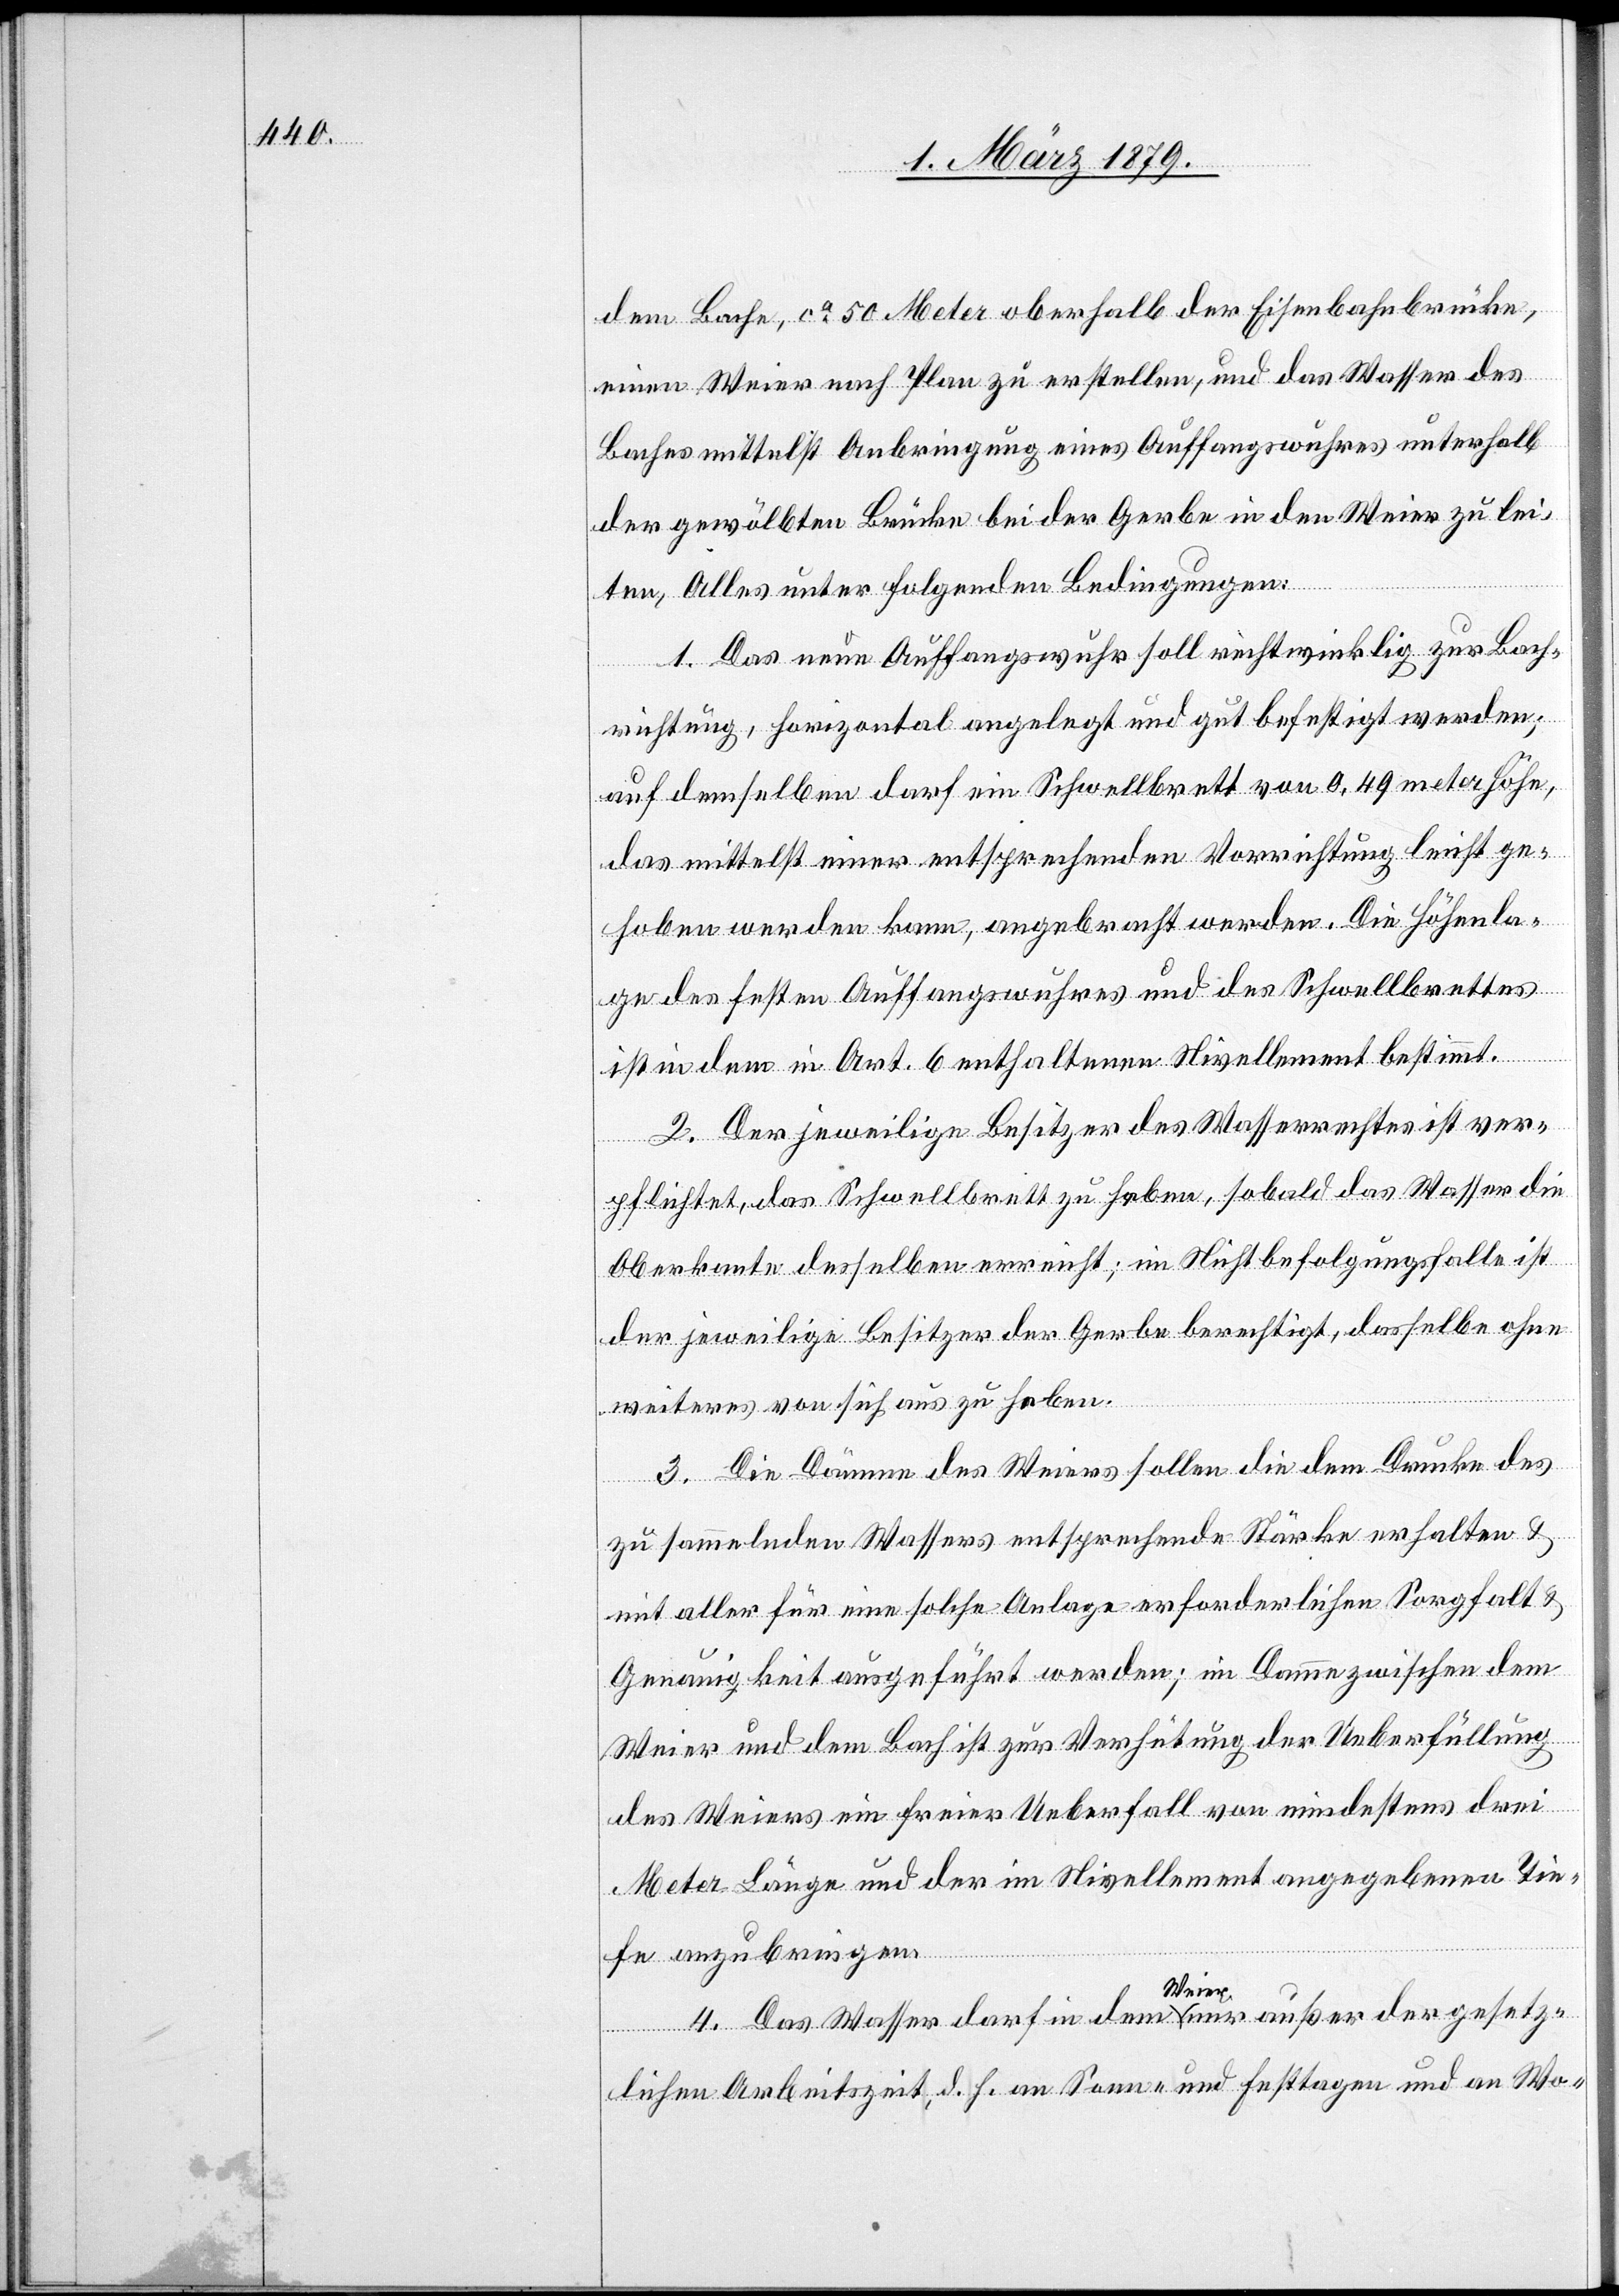
dem Bache, ca 50 Meter oberhalb der Eisenbahnbrücke,
einen Weier nach Plan zu erstellen, und das Wasser des
Baches mittelst Anbringung eines Auffangwuhres unterhalb
der gewölbten Brücke bei der Gerbe in den Weier zu lei¬
ten, Alles unter folgenden Bedingungen:
1. Das neue Auffangswuhr soll rechtwinklig zur Bach¬
richtung, horizontal angelegt und gut befestigt werden;
auf demselben darf ein Schwellbrett von 0,49 meter Höhe,
das mittelst einer entsprechenden Vorrichtung leicht ge¬
hoben werden kann, angebracht werden. Die Höhenla¬
ge des festen Auffangswuhres und des Schwellbrettes
ist in dem in Art. 6 enthaltenen Nivellement bestimmt.
2. Der jeweilige Besitzer des Wasserrechtes ist ver¬
pflichtet, das Schwellbrett zu heben, sobald das Wasser die
Oberkante desselben erreicht; im Nichtbefolgungsfalle ist
der jeweilige Besitzer der Gerbe berechtigt, dasselbe ohne
weiteres von sich aus zu heben.
3. Die Dämme des Weiers sollen die dem Drucke des
zu sammelnden Wassers entsprechende Stärke erhalten &
mit aller für eine solche Anlage erforderlichen Sorgfalt &
Genauigkeit ausgeführt werden; im Damme zwischen dem
Weier und dem Bach ist zur Verhütung der Ueberfüllung
des Weiers ein freier Ueberfall von mindestens drei
Meter Länge und der im Nivellement angegebenen Tie¬
fe anzubringen.
4. Das Wasser darf in dem Weier nur außer der gesetz¬
lichen Arbeitszeit, d. h. an Sonn- und Festtagen und an Wo-